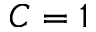
C = 1